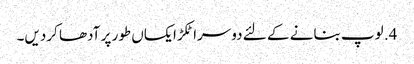
4. لوپ بنانے کے لئے دوسرا ٹکڑا یکساں طور پر آدھا کردیں۔